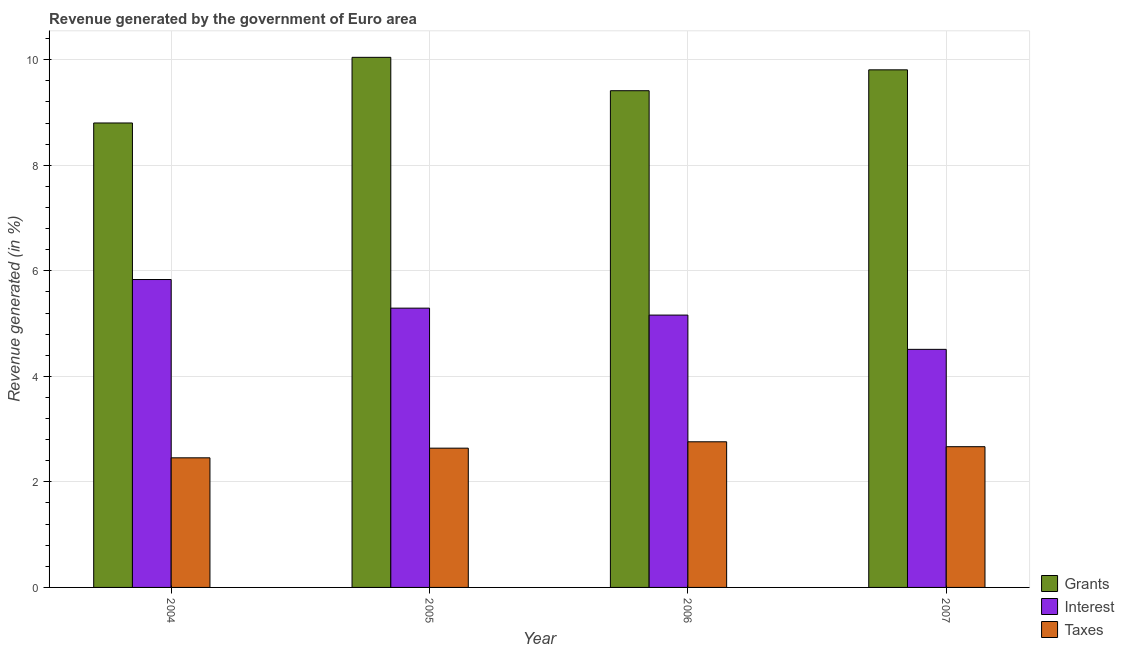
| Year | Grants | Interest | Taxes |
 | --- | --- | --- | --- |
 | 2004 | 8.8 | 5.84 | 2.46 |
 | 2005 | 10 | 5.29 | 2.64 |
 | 2006 | 9.41 | 5.16 | 2.76 |
 | 2007 | 9.81 | 4.51 | 2.67 |